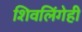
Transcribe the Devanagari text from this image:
शिवलिंगेही